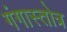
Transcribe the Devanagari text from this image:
गंगास्तोत्र